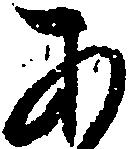
あ